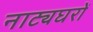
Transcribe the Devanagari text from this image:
नाट्यघरों